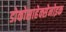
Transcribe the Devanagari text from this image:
डोकोसाहेक्सेनोइक